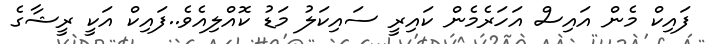
ފައިކް މެން އައިސް އަހަރެމެން ކައިރީ ސައިކަލު މަޑު ކޮއްލިއެވެ..ފައިކް އަކީ ރީޝާގެ